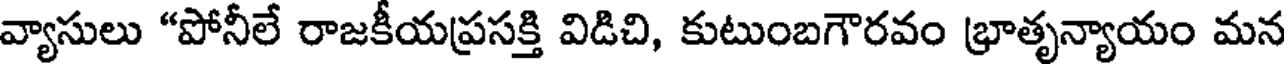
వ్యాసులు "పోనీలే రాజకీయప్రసక్తి విడిచి, కుటుంబగౌరవం భ్రాతృన్యాయం మన